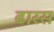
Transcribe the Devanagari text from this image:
ढारस